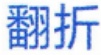
翻折